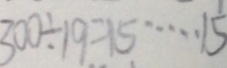
3 0 0 \div 1 9 = 1 5 \cdots 1 5